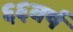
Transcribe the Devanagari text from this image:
६६वर्ष